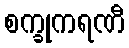
စက္ခုကရဏီ